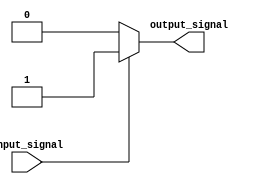
module if_else_with_negation (
    input wire input_signal,
    output reg output_signal
);

always @(*) begin
    if (input_signal) begin
        output_signal <= 1'b1; // Block of code executed if condition is true
    end else begin
        output_signal <= 1'b0; // Block of code executed if condition is false (negated)
    end
end

endmodule